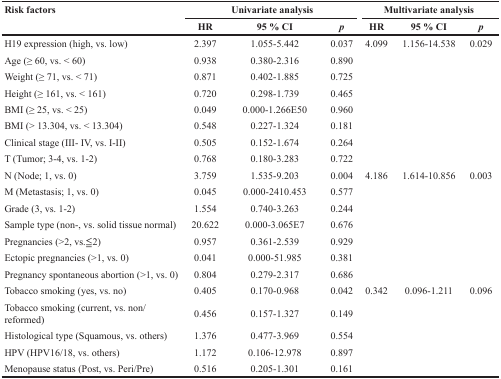
<table><thead><tr><td rowspan="2"><b>Risk factors</b></td><td colspan="3"><b>Univariate analysis</b></td><td colspan="3"><b>Multivariate analysis</b></td></tr><tr><td><b>HR</b></td><td><b>95 % CI</b></td><td><b><i>p</i></b></td><td><b>HR</b></td><td><b>95 % CI</b></td><td><b><i>p</i></b></td></tr></thead><tbody><tr><td>H19 expression (high, vs. low)</td><td>2.397</td><td>1.055-5.442</td><td>0.037</td><td>4.099</td><td>1.156-14.538</td><td>0.029</td></tr><tr><td>Age (≥ 60, vs. &lt; 60)</td><td>0.938</td><td>0.380-2.316</td><td>0.890</td><td></td><td></td><td></td></tr><tr><td>Weight (≥ 71, vs. &lt; 71)</td><td>0.871</td><td>0.402-1.885</td><td>0.725</td><td></td><td></td><td></td></tr><tr><td>Height (≥ 161, vs. &lt; 161)</td><td>0.720</td><td>0.298-1.739</td><td>0.465</td><td></td><td></td><td></td></tr><tr><td>BMI (≥ 25, vs. &lt; 25)</td><td>0.049</td><td>0.000-1.266E50</td><td>0.960</td><td></td><td></td><td></td></tr><tr><td>BMI (&gt; 13.304, vs. &lt; 13.304)</td><td>0.548</td><td>0.227-1.324</td><td>0.181</td><td></td><td></td><td></td></tr><tr><td>Clinical stage (III- IV, vs. I-II)</td><td>0.505</td><td>0.152-1.674</td><td>0.264</td><td></td><td></td><td></td></tr><tr><td>T (Tumor; 3-4, vs. 1-2)</td><td>0.768</td><td>0.180-3.283</td><td>0.722</td><td></td><td></td><td></td></tr><tr><td>N (Node; 1, vs. 0)</td><td>3.759</td><td>1.535-9.203</td><td>0.004</td><td>4.186</td><td>1.614-10.856</td><td>0.003</td></tr><tr><td>M (Metastasis; 1, vs. 0)</td><td>0.045</td><td>0.000-2410.453</td><td>0.577</td><td></td><td></td><td></td></tr><tr><td>Grade (3, vs. 1-2)</td><td>1.554</td><td>0.740-3.263</td><td>0.244</td><td></td><td></td><td></td></tr><tr><td>Sample type (non-, vs. solid tissue normal)</td><td>20.622</td><td>0.000-3.065E7</td><td>0.676</td><td></td><td></td><td></td></tr><tr><td>Pregnancies (&gt;2, vs.≦2)</td><td>0.957</td><td>0.361-2.539</td><td>0.929</td><td></td><td></td><td></td></tr><tr><td>Ectopic pregnancies (&gt;1, vs. 0)</td><td>0.041</td><td>0.000-51.985</td><td>0.381</td><td></td><td></td><td></td></tr><tr><td>Pregnancy spontaneous abortion (&gt;1, vs. 0)</td><td>0.804</td><td>0.279-2.317</td><td>0.686</td><td></td><td></td><td></td></tr><tr><td>Tobacco smoking (yes, vs. no)</td><td>0.405</td><td>0.170-0.968</td><td>0.042</td><td>0.342</td><td>0.096-1.211</td><td>0.096</td></tr><tr><td>Tobacco smoking (current, vs. non/reformed)</td><td>0.456</td><td>0.157-1.327</td><td>0.149</td><td></td><td></td><td></td></tr><tr><td>Histological type (Squamous, vs. others)</td><td>1.376</td><td>0.477-3.969</td><td>0.554</td><td></td><td></td><td></td></tr><tr><td>HPV (HPV16/18, vs. others)</td><td>1.172</td><td>0.106-12.978</td><td>0.897</td><td></td><td></td><td></td></tr><tr><td>Menopause status (Post, vs. Peri/Pre)</td><td>0.516</td><td>0.205-1.301</td><td>0.161</td><td></td><td></td><td></td></tr></tbody></table>